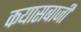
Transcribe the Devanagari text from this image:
कयासबाजी